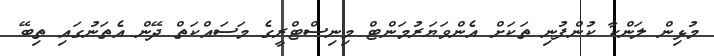
މުޅިން ލަންކާ ކުންފުނި ތަކަށް އެންވަޔަރުމަންޓް މިނިސްޓްރީގެ މަސައްކަތް ދޭން އެތަނުގައި ތިބޭ